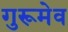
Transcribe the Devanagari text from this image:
गुरूमेव